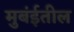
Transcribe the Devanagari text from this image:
मुबंईतील